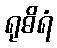
ရုဓိရံ